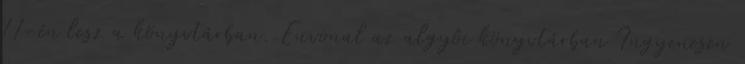
11-én lesz a könyvtárban. Euvonal az algyôi könyvtárban Ingyenesen